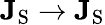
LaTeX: \mathbf{J}_{\textrm{S}}\rightarrow\mathbf{J}_{\textrm{S}}